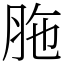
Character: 胣